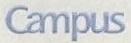
Campus